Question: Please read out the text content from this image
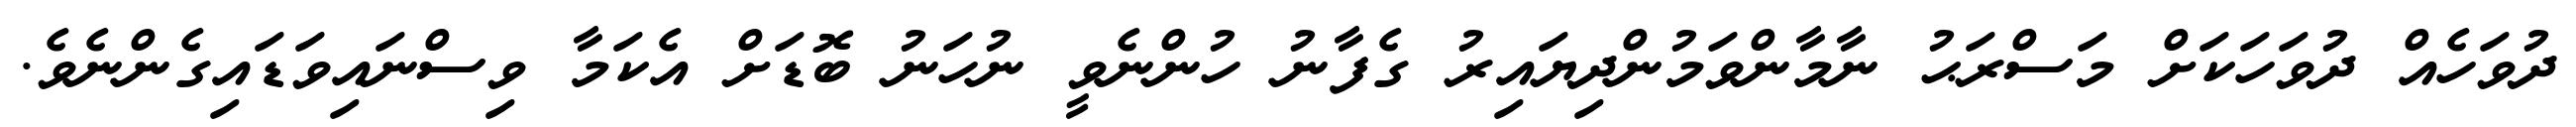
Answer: ދުވަހެއް ދުވަހަކަށް މަސްރަޙު ނާމާންވަމުންދިޔައިރު ގެފާނު ހުންނެވީ ނުހަނު ބޮޑަށް އެކަމާ ވިސްނައިވަޑައިގެންނެވެ.